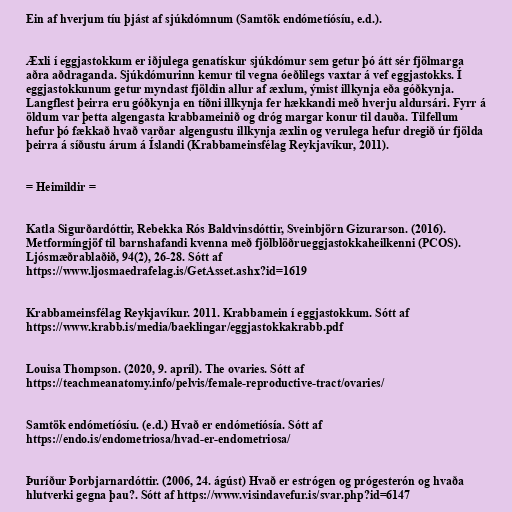
Ein af hverjum tíu þjást af sjúkdómnum (Samtök endómetíósíu, e.d.).

Æxli í eggjastokkum er iðjulega genatískur sjúkdómur sem getur þó átt sér fjölmarga
aðra aðdraganda. Sjúkdómurinn kemur til vegna óeðlilegs vaxtar á vef eggjastokks. Í
eggjastokkunum getur myndast fjöldin allur af æxlum, ýmist illkynja eða góðkynja.
Langflest þeirra eru góðkynja en tíðni illkynja fer hækkandi með hverju aldursári. Fyrr á
öldum var þetta algengasta krabbameinið og dróg margar konur til dauða. Tilfellum
hefur þó fækkað hvað varðar algengustu illkynja æxlin og verulega hefur dregið úr fjölda
þeirra á síðustu árum á Íslandi (Krabbameinsfélag Reykjavíkur, 2011).

= Heimildir =

Katla Sigurðardóttir, Rebekka Rós Baldvinsdóttir, Sveinbjörn Gizurarson. (2016).
Metformíngjöf til barnshafandi kvenna með fjölblöðrueggjastokkaheilkenni (PCOS).
Ljósmæðrablaðið, 94(2), 26-28. Sótt af
https://www.ljosmaedrafelag.is/GetAsset.ashx?id=1619

Krabbameinsfélag Reykjavíkur. 2011. Krabbamein í eggjastokkum. Sótt af
https://www.krabb.is/media/baeklingar/eggjastokkakrabb.pdf

Louisa Thompson. (2020, 9. apríl). The ovaries. Sótt af
https://teachmeanatomy.info/pelvis/female-reproductive-tract/ovaries/

Samtök endómetíósíu. (e.d.) Hvað er endómetíósía. Sótt af
https://endo.is/endometriosa/hvad-er-endometriosa/

Þuríður Þorbjarnardóttir. (2006, 24. ágúst) Hvað er estrógen og prógesterón og hvaða
hlutverki gegna þau?. Sótt af https://www.visindavefur.is/svar.php?id=6147